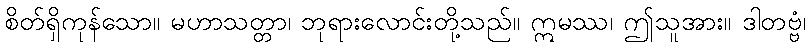
စိတ်ရှိကုန်သော။ မဟာသတ္တာ၊ ဘုရားလောင်းတို့သည်။ ဣမဿ၊ ဤသူအား။ ဒါတဗ္ဗံ၊